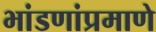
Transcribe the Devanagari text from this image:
भांडणांप्रमाणे